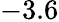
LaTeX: -3.6